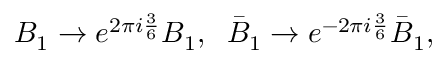
B _ { 1 } \to e ^ { 2 \pi i \frac { 3 } { 6 } } B _ { 1 } , \; \; \bar { B } _ { 1 } \to e ^ { - 2 \pi i \frac { 3 } { 6 } } \bar { B } _ { 1 } ,